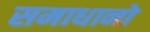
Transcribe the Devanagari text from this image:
समाधानो